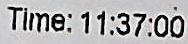
TIME: 11:37:00